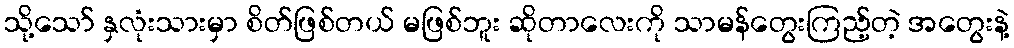
သို့သော် နှလုံးသားမှာ စိတ်ဖြစ်တယ် မဖြစ်ဘူး ဆိုတာလေးကို သာမန်တွေးကြည့်တဲ့ အတွေးနဲ့